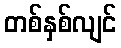
တစ်နှစ်လျင်